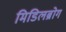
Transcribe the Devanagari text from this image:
मिडिलब्रोग